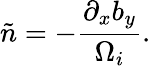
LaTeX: \tilde{n}=-\frac{\partial_{x}b_{y}}{\Omega_{i}}.